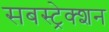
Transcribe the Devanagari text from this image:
सबस्ट्रेक्शन